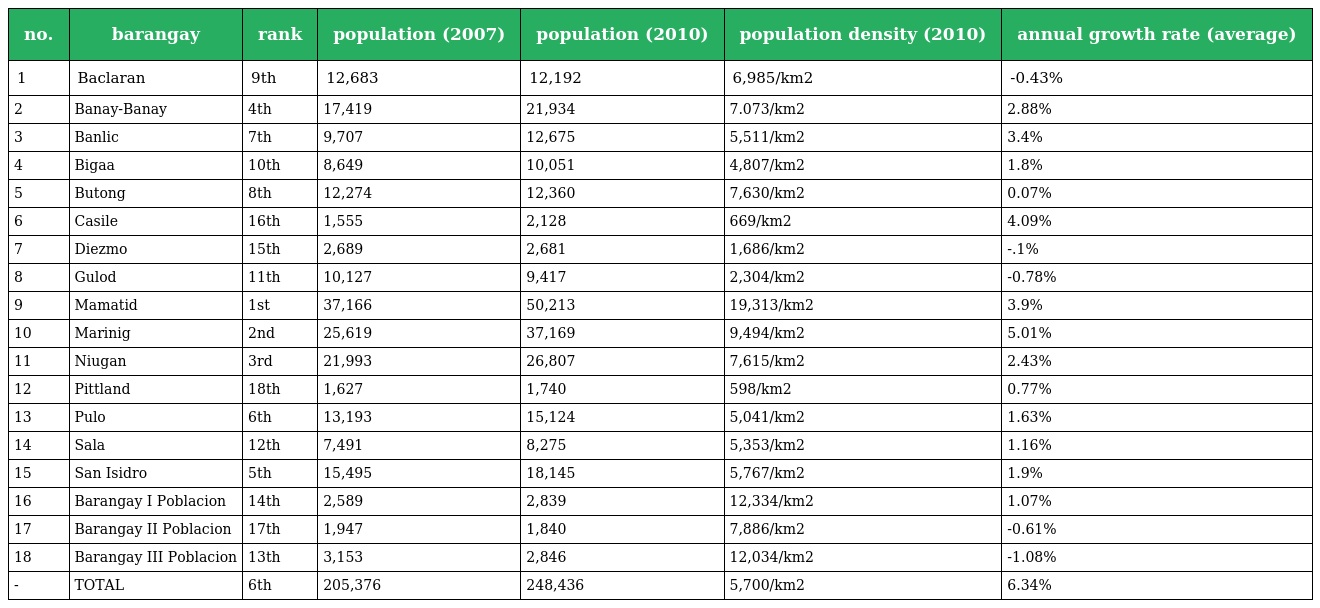
| no. | barangay | rank | population (2007) | population (2010) | population density (2010) | annual growth rate (average) |
 | --- | --- | --- | --- | --- | --- | --- |
 | 1 | Baclaran | 9th | 12,683 | 12,192 | 6,985/km2 | -0.43% |
 | 2 | Banay-Banay | 4th | 17,419 | 21,934 | 7.073/km2 | 2.88% |
 | 3 | Banlic | 7th | 9,707 | 12,675 | 5,511/km2 | 3.4% |
 | 4 | Bigaa | 10th | 8,649 | 10,051 | 4,807/km2 | 1.8% |
 | 5 | Butong | 8th | 12,274 | 12,360 | 7,630/km2 | 0.07% |
 | 6 | Casile | 16th | 1,555 | 2,128 | 669/km2 | 4.09% |
 | 7 | Diezmo | 15th | 2,689 | 2,681 | 1,686/km2 | -.1% |
 | 8 | Gulod | 11th | 10,127 | 9,417 | 2,304/km2 | -0.78% |
 | 9 | Mamatid | 1st | 37,166 | 50,213 | 19,313/km2 | 3.9% |
 | 10 | Marinig | 2nd | 25,619 | 37,169 | 9,494/km2 | 5.01% |
 | 11 | Niugan | 3rd | 21,993 | 26,807 | 7,615/km2 | 2.43% |
 | 12 | Pittland | 18th | 1,627 | 1,740 | 598/km2 | 0.77% |
 | 13 | Pulo | 6th | 13,193 | 15,124 | 5,041/km2 | 1.63% |
 | 14 | Sala | 12th | 7,491 | 8,275 | 5,353/km2 | 1.16% |
 | 15 | San Isidro | 5th | 15,495 | 18,145 | 5,767/km2 | 1.9% |
 | 16 | Barangay I Poblacion | 14th | 2,589 | 2,839 | 12,334/km2 | 1.07% |
 | 17 | Barangay II Poblacion | 17th | 1,947 | 1,840 | 7,886/km2 | -0.61% |
 | 18 | Barangay III Poblacion | 13th | 3,153 | 2,846 | 12,034/km2 | -1.08% |
 | - | TOTAL | 6th | 205,376 | 248,436 | 5,700/km2 | 6.34% |